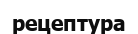
рецептура